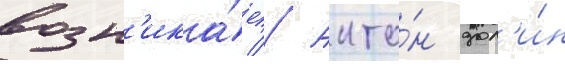
возн'ика́ет // Анто́н дол'и́н